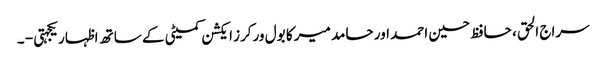
سراج الحق ، حافظ حسین احمد اور حامد میر کا بول ورکرز ایکشن کمیٹی کے ساتھ اظہار یکجہتی - ۔